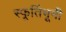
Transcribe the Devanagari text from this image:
स्फूर्तिभूमी